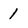
Character: 1